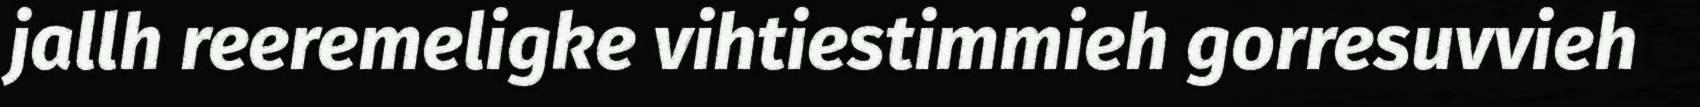
jallh reeremeligke vihtiestimmieh gorresuvvieh